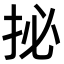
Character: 㧙